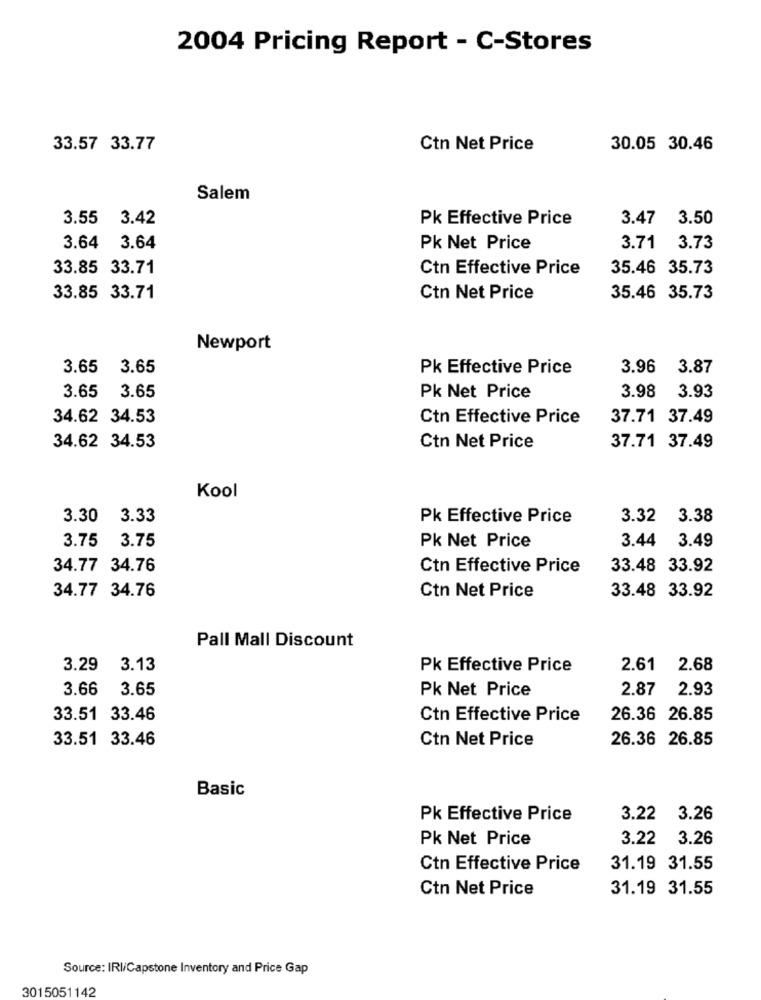
2004 Pricing Report - C-Stores
33.57 33.77
Ctn Net Price
30.05 30.46
Salem
3.55
3.42
Pk Effective Price
3.47
3.50
3.64 3.64
Pk Net Price
3.71 3.73
33.85 33.71
Ctn Effective Price
35.46 35.73
33.85 33.71
Ctn Net Price
35.46 35.73
Newport
3.65
3.65
Pk Effective Price
3.96
3.87
3.65
3.98
3.65
Pk Net Price
3.93
34.62 34.53
Ctn Effective Price
37.71 37.49
34.62 34.53
Ctn Net Price
37.71 37.49
Kool
3.30 3.33
Pk Effective Price
3.32
3.38
3.75 3.75
Pk Net Price
3.44 3.49
34.77 34.76
Ctn Effective Price
33.48 33.92
34.77 34.76
Ctn Net Price
33.48 33.92
Pall Mall Discount
3.29
3.13
Pk Effective Price
2.61 2.68
3.66
3.65
Pk Net Price
2.87
2.93
33.51 33.46
Ctn Effective Price
26.36 26.85
33.51 33.46
Ctn Net Price
26.36 26.85
Basic
Pk Effective Price
3.22
3.26
Pk Net Price
3.22
3.26
Ctn Effective Price
31.19 31.55
Ctn Net Price
31.19 31.55
Source: IRI/Capstone Inventory and Price Gap
3015051142